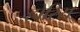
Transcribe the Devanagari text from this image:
होरिस